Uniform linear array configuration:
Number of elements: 24
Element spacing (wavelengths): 0.75
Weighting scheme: cosine
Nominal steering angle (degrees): -15
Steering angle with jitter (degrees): -14.197
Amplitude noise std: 0.05
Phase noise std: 0.05

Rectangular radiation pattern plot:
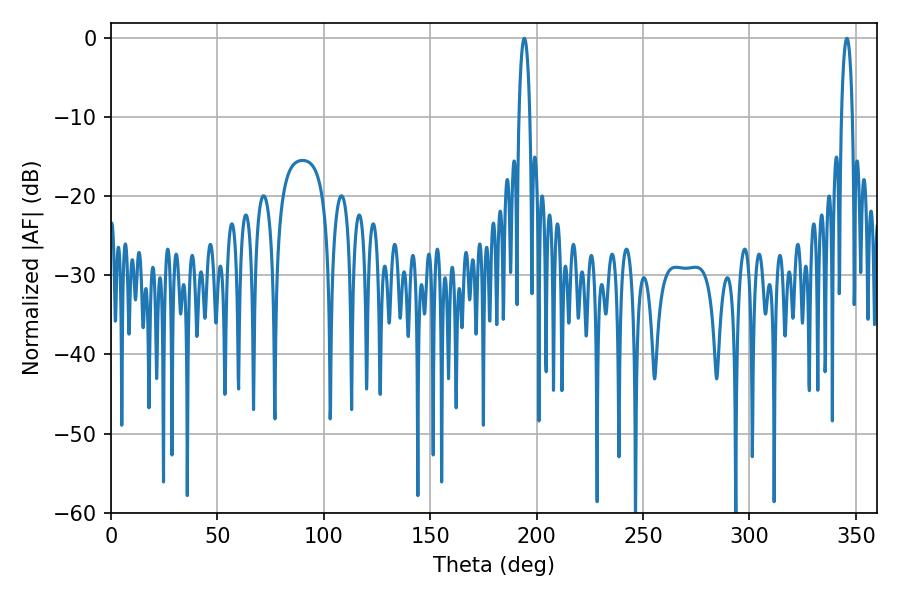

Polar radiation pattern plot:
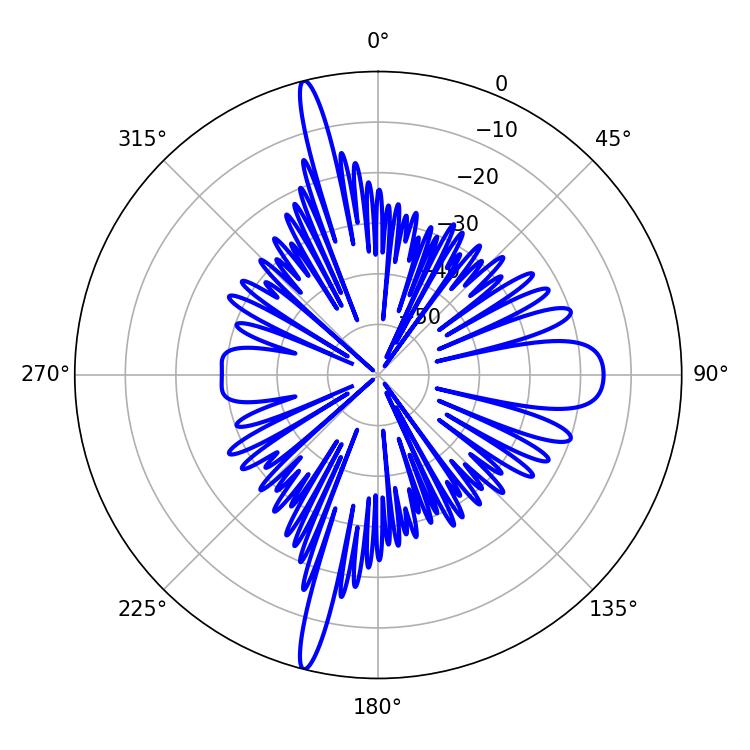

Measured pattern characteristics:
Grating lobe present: TRUE
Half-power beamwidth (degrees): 2.88
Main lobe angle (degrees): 345.78